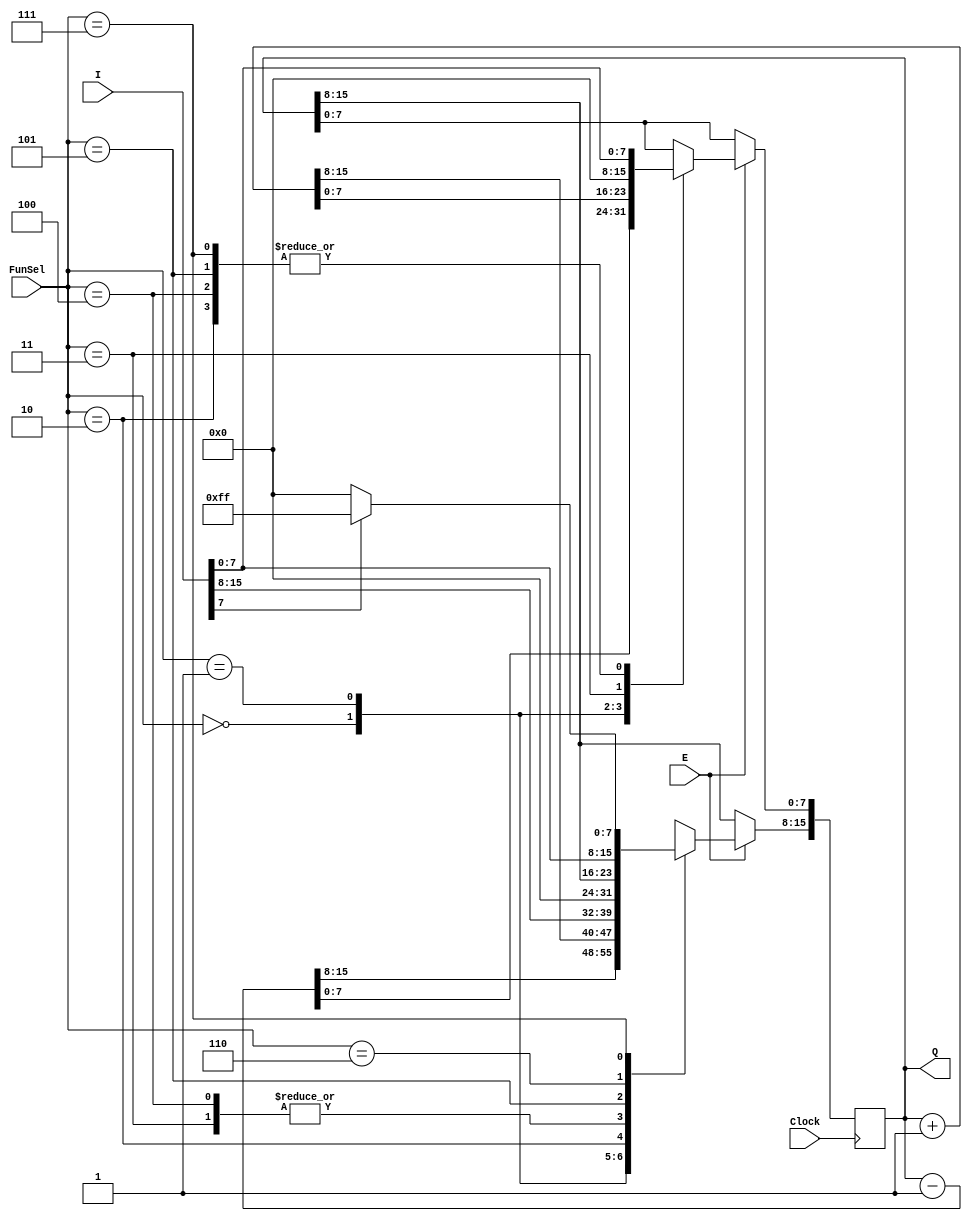
`timescale 1ns / 1ps
//////////////////////////////////////////////////////////////////////////////////
// Company: 
// Engineer: 
// 
// Design Name: 
// Module Name: register
// Project Name: 
// Target Devices: 
// Tool Versions: 
// Description: 
// 
// Dependencies: 
// 
// Revision:
// Revision 0.01 - File Created
// Additional Comments:
// 
//////////////////////////////////////////////////////////////////////////////////


module Register(
    input wire [15:0] I,
    input wire Clock,
    input wire E,
    input wire [2:0] FunSel,
    output reg [15:0] Q
);
    initial Q = 0;
    always @(posedge Clock) begin
            if (E) begin
                case (FunSel) 
                    3'b000: Q <= Q-1;
                    3'b001: Q <= Q+1;
                    3'b010: Q <= I;
                    3'b011: Q <= 0;
                    3'b100: begin
                        Q[15:8] <=  8'b0; 
                        Q[7:0] <= I[7:0];
                    end 
                    3'b101: Q[7:0] <= I[7:0];
                    3'b110: Q[15:8] <= I[7:0];
                    3'b111:                    
                    if (I[7] == 1'b1) begin
                        Q[15:8] = 8'b11111111;
                        Q[7:0] <= I[7:0];
                    end else begin
                        Q[15:8] = 8'b00000000;
                        Q[7:0] <= I[7:0];
                    end
                endcase
        end
    end
endmodule